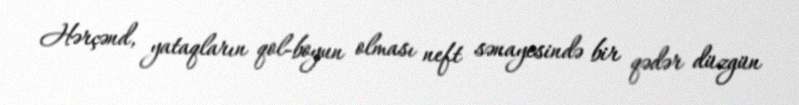
Hərçənd, yataqların qol-boyun olması neft sənayesində bir qədər düzgün